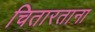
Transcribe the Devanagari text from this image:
चितारताना